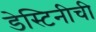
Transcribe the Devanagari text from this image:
डेस्टिनीची